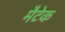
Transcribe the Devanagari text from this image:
मैटेक